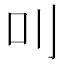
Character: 𠮧